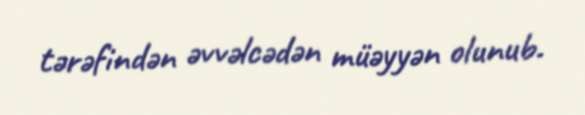
tərəfindən əvvəlcədən müəyyən olunub.